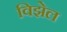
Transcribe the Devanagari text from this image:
विझेल